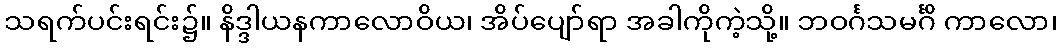
သရက်ပင်းရင်း၌။ နိဒ္ဒါယနကာလောဝိယ၊ အိပ်ပျော်ရာ အခါကိုကဲ့သို့။ ဘဝင်္ဂသမင်္ဂိ ကာလော၊